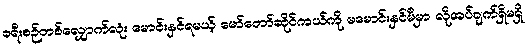
ခရီးစဉ်တစ်လျှောက်လုံး မောင်းနှင်ရမယ့် မော်တော်ဆိုင်ကယ်ကို မမောင်းနှင်မီမှာ လိုအပ်ချက်ရှိမရှိ